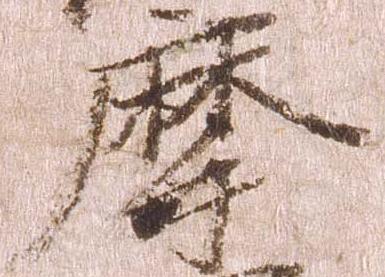
摩